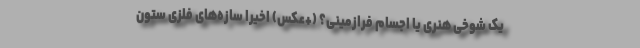
یک شوخی هنری یا اجسام فرازمینی؟ (+عکس) اخیراً سازه‌های فلزی ستون‌